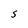
Character: S